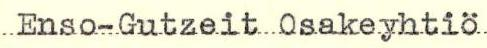
Enso-Gutzeit Osakeyhtiö